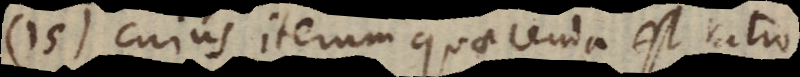
15) cujus iterum quaerenda est ratio